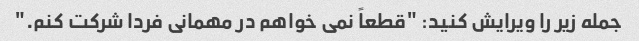
جمله زیر را ویرایش کنید: "قطعاً نمی خواهم در مهمانی فردا شرکت کنم."